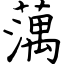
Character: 蕅